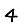
Digit: 4